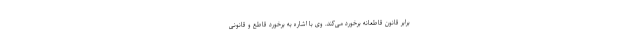
برابر قانون قاطعانه برخورد می‌کند. وی با اشاره به برخورد قاطع و قانونی